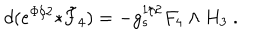
LaTeX: d ( e ^ { \Phi / 2 } { * } \tilde { F } _ { 4 } ) = - g _ { s } ^ { 1 / 2 } F _ { 4 } \wedge H _ { 3 } \ .